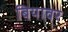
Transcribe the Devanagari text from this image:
बियावर